Annual administration report of the Civil Veterinary Department of India - 1901-1902
Year: 1901
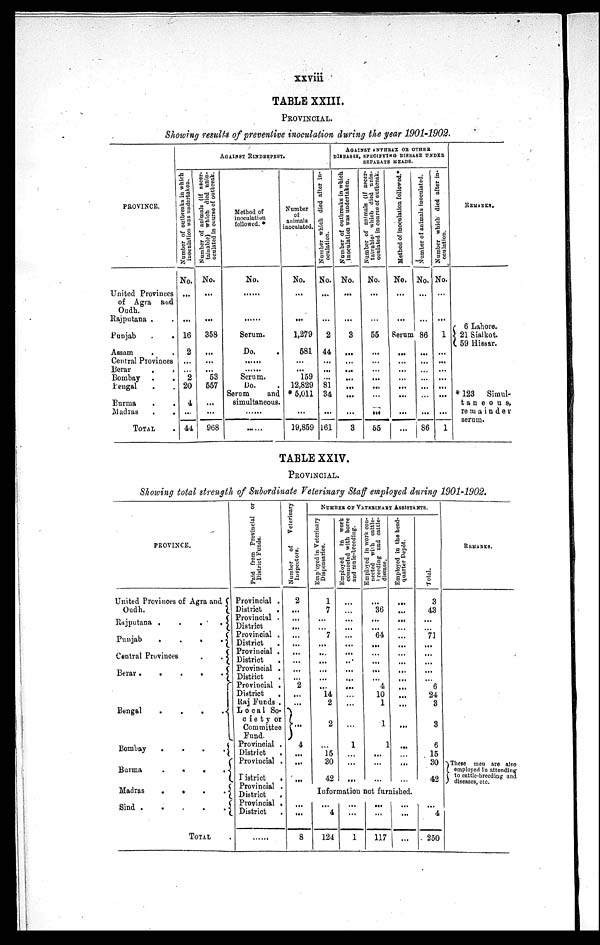
xxviii
TABLE XXIII.
PROVINCIAL.
Showing results of preventive inoculation during the year 1901-1902.
PROVINCE.
United Provinces
of Agra and
Oudh.
Rajputana . .
Punjab . .
Assam
. .
Central Provinces
Berar . .
Bombay . .
Bengal . . .
Burma . .
Madras
.
.
TOTAL .
AGAINST RINDERPEST.
Number of outbreaks in which
inoculation was undertaken.
No.
...
...
16
2
...
...
2
20
4
...
44
Number of animals (if ascer-
tainable) which died unin¬
oculated in course of outbreak.
No.
...
...
358
...
...
...
53
557
...
...
968
Method of
inoculation
followed. *
No.
.....
......
Serum.
Do.
.....
......
Serum.
Do.
Serum
and
simultaneous.
......
......
Number
of
animals
inoculated.
No.
...
...
1,279
581
...
...
159
12,829
* 5,011
...
19,859
Number which died after in-
oculation.
No.
...
...
2
44
...
...
...
81
34
...
161
AGAINST ANTHRAX OR OTHER
DISEASES,
SPECIFYING
DISEASE
UNDER
SEPERATE
HEADS.
Number of outbreaks in which
inoculation was undertaken.
No.
...
...
3
...
...
...
...
...
...
...
3
Number of animals (if ascer-
tainable which died unin¬
oculated in course of outbreak.
No.
...
...
55
...
...
...
...
...
...
...
55
Method of inoculation followed.*
No.
...
...
Serum
...
...
...
...
...
...
...
...
Number of animals inoculated.
No.
...
...
86
...
...
...
...
...
...
...
86
Number which died after in-
oculation.
No.
...
...
1
...
...
...
...
...
...
...
1
REMARKS.
6 Lahore.
21 Sialkot.
59 Hissar.
* 123 Simul¬
taneous,
remainder
serum.
TABLE XXIV.
PROVINCIAL.
Showing total strength of Subordinate Veterinary Staff employed during 1901-1902.
PROVINCE.
United Provinces of Agra and
Oudh.
Rajputana .
.
.
.
Punjab
.
.
.
.
Central Provinces
.
.
Berar .
.
.
.
.
Bengal
.
.
.
.
Bombay
.
.
.
.
Burma . .
.
.
Madras
.
.
.
.
Sind .
.
.
.
TOTAL
.
Paid from Provincial or
District Funds.
Provincial .
District
.
Provincial .
District
Provincial .
District .
Provincial .
District
.
Provincial .
District .
Provincial .
District
.
Raj Funds .
Local So¬
ciety or
Committee
Fund.
Provincial .
District
.
Provincial .
District
.
Provincial .
District
.
Provincial .
District .
......
Number of
Veterinary
Inspectors.
2
...
...
...
...
...
...
...
...
...
2
...
...
...
4
...
...
...
NUMBER OF VETERINARY ASSISTANTS.
Employed
in Veterinary
Dispensaries.
1
7
...
...
7
...
...
...
...
...
...
14
2
2
... 15
30
42
Employed
in work
connected with horse
and mule-breeding.
...
...
...
...
...
...
...
...
...
...
...
...
...
...
1
...
...
...
Employed in work con-
nected with cattle¬
breeding
and cattle¬
disease.
...
36
...
...
64
...
...
...
...
...
4
10
1
1
1
...
...
...
Employed in the head-
quarter Depôt.
...
...
...
...
...
...
...
...
...
...
...
...
...
...
...
...
...
...
Total.
3
43
...
...
71
...
...
...
...
...
6
24
3
3
6
15
30
42
Information not furnished.
...
...
8
... 4
124
...
...
1
...
...
117
...
...
...
... 4
250
REMARKS.
These men are also
employed in attending
to cattle-breeding and
diseases, etc.